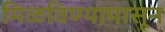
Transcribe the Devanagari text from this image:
मिळविण्यापासून